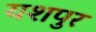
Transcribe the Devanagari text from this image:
यशपुर